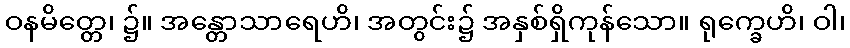
ဝနမိတ္တေ၊ ၌။ အန္တောသာရေဟိ၊ အတွင်း၌ အနှစ်ရှိကုန်သော။ ရုက္ခေဟိ၊ ဝါ၊